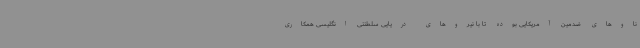
ناوهای ضدمین آمریکایی بوده تا با نیروهای دریایی سلطنتی انگلیسی همکاری